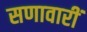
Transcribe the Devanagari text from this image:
सणावारीं